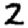
Digit: 2